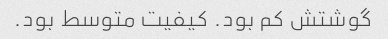
گوشتش کم بود. کیفیت متوسط بود.